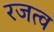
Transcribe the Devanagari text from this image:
रजत्व